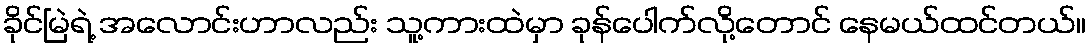
ခိုင်မြဲရဲ့ အလောင်းဟာလည်း သူ့ကားထဲမှာ ခုန်ပေါက်လို့တောင် နေမယ်ထင်တယ်။